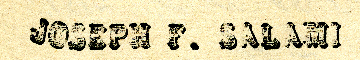
JOSEPH F. SALAMI